Veterinary regulations India, 1939 -
Year: 1939
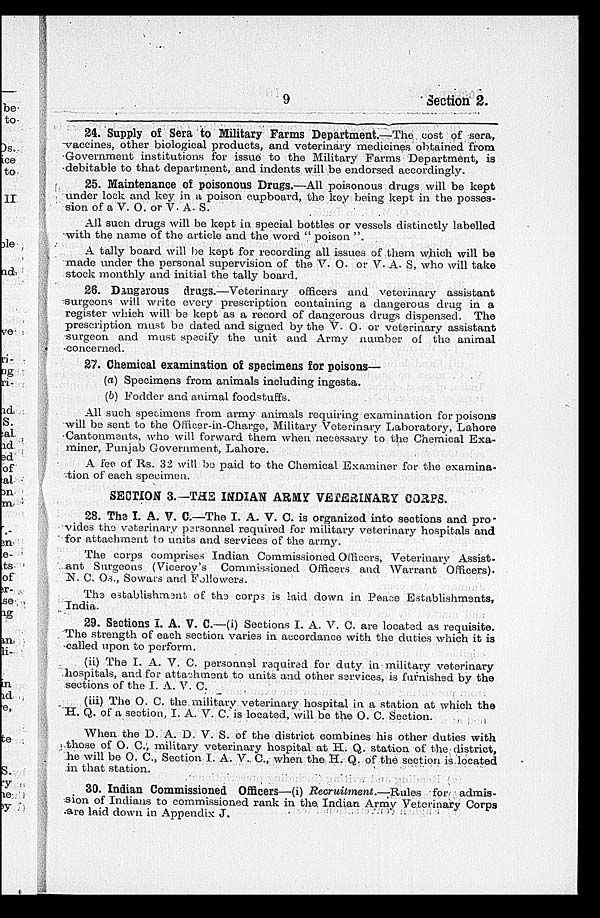
9
Section 2.
24. Supply of Sera to Military Farms Department.—The cost of sera,
vaccines, other biological products, and veterinary medicines obtained from
Government institutions for issue to the Military Farms Department, is
debitable to that department, and indents will be endorsed accordingly.
25. Maintenance of poisonous Drugs.—All poisonous drugs will be kept
under lock and key in a poison cupboard, the key being kept in the posses-
sion of a V. O. or V. A. S.
All such drugs will be kept in special bottles or vessels distinctly labelled
with the name of the article and the word " poison ".
A tally board will be kept for recording all issues of them which will be
made under the personal supervision of the V. O. or V. A. S, who will take
stock monthly and initial the tally board.
26. Dangerous drags.—Veterinary officers and veterinary assistant
surgeons will write every prescription containing a dangerous drug in a
register which will be kept as a record of dangerous drugs dispensed. The
prescription must be dated and signed by the V. O. or veterinary assistant
surgeon and must specify the unit and Army number of the animal
concerned.
27. Chemical examination of specimens for poisons—
(a) Specimens from animals including ingesta.
(b) Fodder and animal foodstuffs.
All such specimens from army animals requiring examination for poisons
will be sent to the Officer-in-Charge, Military Veterinary Laboratory, Lahore
Cantonments, who will forward them when necessary to the Chemical Exa-
miner, Punjab Government, Lahore.
A fee of Rs. 32 will be paid to the Chemical Examiner for the examina-
tion of each specimen.
SECTION 3.—THE INDIAN ARMY VETERINARY CORPS.
28. The I. A. V. C.—The I. A. V. C. is organized into sections and pro-
vides the veterinary personnel required for military veterinary hospitals and
for attachment to units and services of the army.
The corps comprises Indian Commissioned Officers, Veterinary Assist-
ant Surgeons (Viceroy's Commissioned Officers and Warrant Officers).
N. C. Os., Sowars and Followers.
The esbablishment of the corps is laid down in Peace Establishments,
India.
29. Sections I. A. V. C.—(i) Sections I. A. V. C. are located as requisite.
The strength of each section varies in accordance with the duties which it is
called upon to perform.
(ii) The I. A. V. C. personnel required for duty in military veterinary
hospitals, and for attachment to units and other services, is furnished by the
sections of the I. A. V. C.
(iii) The O. C. the military veterinary hospital in a station at which the
H. Q. of a section, I. A. V. C. is located, will be the O. C. Section.
When the D. A. D. V. S. of the district combines his other duties with
those of O. C., military veterinary hospital at H. Q. station of the district,
he will be O. C., Section I. A. V. C., when the H. Q. of the section is located
in that station.
30. Indian Commissioned Officers—(i) Recruitment.—Rules
for admis-
sion of Indians to commissioned rank in the Indian Army Veterinary Corps
are laid down in Appendix J.